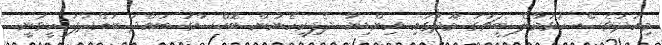
މިއަދުވެސް ހުޅުމާލެ ބީޗުގަ މޫދުގައި އިންޑިޔާ ދެފިރިހެނުން ބޮކްސާގަ ބައްދަ ބައްދާފަ ހީވަނީ